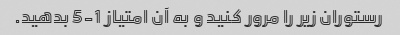
رستوران زیر را مرور کنید و به آن امتیاز 1-5 بدهید.